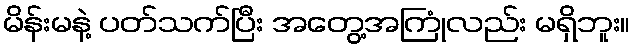
မိန်းမနဲ့ ပတ်သက်ပြီး အတွေ့အကြုံလည်း မရှိဘူး။